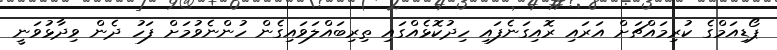
ޕޯޑިއަމްގެ ކުރިމައްޗަށް އަރައި ރޮއިގަނެފައި ހިދުކޮޅެއްގައި ތިރިބައްލަވައިގެން ހުންނެވުމަށް ފަހު ދެން ވިދާޅުވަނީ